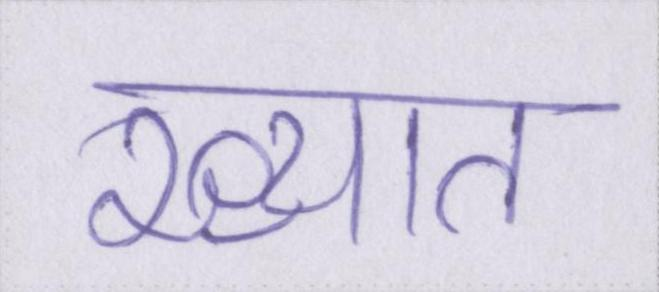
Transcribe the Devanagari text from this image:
ख्यात